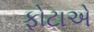
ફોટાએ